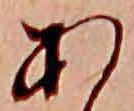
あ